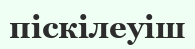
піскілеуіш